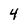
Character: 4